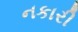
નકારી